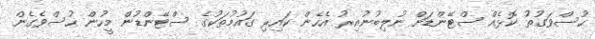
ހުސްވަގުތު ކޮޅެއް ސްޓޭންޑަށް ނުލިބުނުއިރު އެހެން ކައިރި ގައުމުތަކުގެ ސްޓޭންޑުން މީހުން ހުސްވެގެން